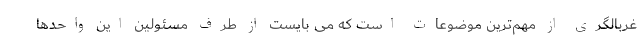
غربالگری از مهم‌ترین موضوعات است که می بایست از طرف مسئولین این واحدها